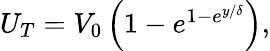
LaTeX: \begin{array}{r}{U_{T}=V_{0}\left(1-e^{1-e^{y/\delta}}\right),}\end{array}